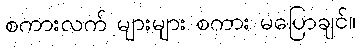
စကားလက် များများ စကား မပြောချင်။